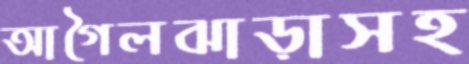
আগৈলঝাড়াসহ